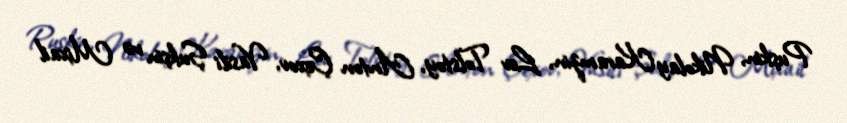
Puşkin, Nikolay Karamzin, Lev Tolstoy, Anton Çexov, Vasili Şukşin və Mixail